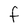
Character: F